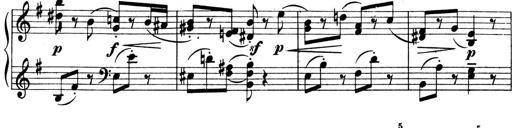
Title: 4 Sonatines
Composer: Max Reger